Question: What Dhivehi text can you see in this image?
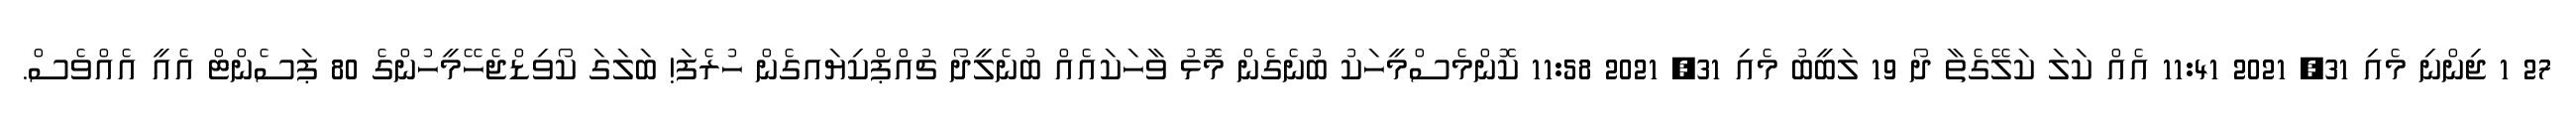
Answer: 27 1 ޖިންނި މެއި 31, 2021 11:41 އެއް ކަލަ ކަލޭގެތާ ދޯ 19 ލަބީބު މެއި 31, 2021 11:58 ކޮންމެސްމީހަކު ބުނެގެން މޮޅު ވާހަކައެއް ބުނެލީދޯ ޗުއްޕްކިޔައގެން ހުރެފަ! ބަލަގަ ކޯވިޑްޖެހޭމީހުންގެ 80 ޕަސެންޓް އެއީ އެއްވެސް.